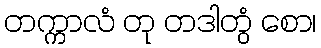
တက္ကာလံ တု တဒါတွံ စော၊